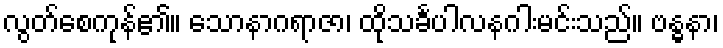
လွတ်စေကုန်၏။ သောနာဂရာဇာ၊ ထိုသင်္ခပါလနဂါးမင်းသည်။ ဗန္ဓနာ၊